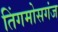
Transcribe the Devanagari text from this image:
तिंगमोसगंज